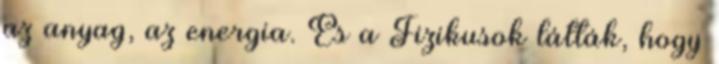
az anyag, az energia. És a Fizikusok látták, hogy